Calcutta medical institutions reports 1871-78
Year: 1871
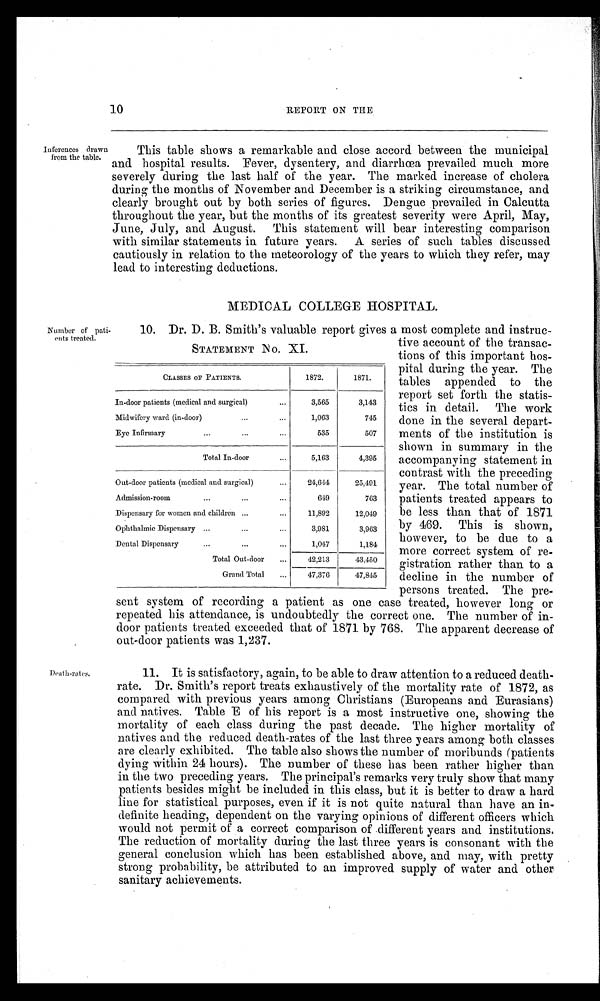
10
REPORT ON THE
Inferences drawn
from the table.
This table shows a remarkable and close accord between the municipal
and hospital results. Fever, dysentery, and diarrhœa prevailed much more
severely during the last half of the year. The marked increase of cholera
during the months of November and December is a striking circumstance, and
clearly brought out by both series of figures. Dengue prevailed in Calcutta
throughout the year, but the months of its greatest severity were April, May,
June, July, and August. This statement will bear interesting comparison
with similar statements in. future years. A series of such tables discussed
cautiously in relation to the meteorology of the years to which they refer, may
lead to interesting deductions.
MEDICAL COLLEGE HOSPITAL.
10. Dr. D. B. Smith's valuable report gives a most complete and instruc-
Number of pati-
ents treated.
S T A T E M E N T S N o . X I .
CLASSES OFF PATIENTS.
1872.
1871.
In-door patients (medical and surgical)
•••
3,565
3,143
Midwifery ward (in-door)
...
..•
1,063
745
Eye Infirmary...
535
507
Total In-door...
5 , 1 6 3
4,395
Out-door patients (medical and surgical)
...
24,644
25,491
Admission-room...
...
...
6 4 9
763
Dispensary for women and children ......
11,892
12,049
Ophthalmic Dispensary ...
...
...
3,981
3,963
...
Dental Dispensary
...
...
1,047
1,184
Total Out-door
...
42,213
43.450
Grand Total
...
47,376
47,845
tive account of the transac-
tions of this important hos-
pital during the year. The
tables appended to the
report set forth the statis-
tics in detail. The work
done in the several depart-
ments of the institution is
shown in summary in the
accompanying statement in
contrast with the preceding
year. The total number of
patients treated appears to
be less than that of 1871
by 469. This is shown,
however, to be due to a
more correct system of re-
gistration rather than to a
decline in the number of
persons treated. The pre-
Death--rates
sent system of recording a patient as one case treated, however long or
repeated his attendance, is undoubtedly the correct one. The number of in-
door patients treated exceeded that of 1871 by 768. The apparent decrease of
out-door patients was 1,237.
11. It is satisfactory, again, to be able to draw attention to a reduced death-
rate. Dr. Smith's report treats exhaustively of the mortality rate of 1872, as
compared with previous years among Christians (Europeans and Eurasians)
and natives. Table E of his report is a most instructive one, showing the
mortality of each class during the past decade. The higher mortality of
natives and the reduced death-rates of the last three years among both classes
are clearly exhibited. The table also shows the number of moribunds (patients
dying within 24 hours). The number of these has been rather higher than
in the two preceding years. The principal's remarks very truly show that many
patients besides might be included in this class, but it is better to draw a hard
line for statistical purposes, even if it is not quite natural than have an in-
definite heading, dependent on the varying opinions of different officers which
would not permit of a correct comparison of different years and institutions.
The reduction of mortality during the last three years is consonant with the
general conclusion which has been established above, and may, with pretty
strong probability, be attributed to an improved supply of water and other •
sanitary achievements.